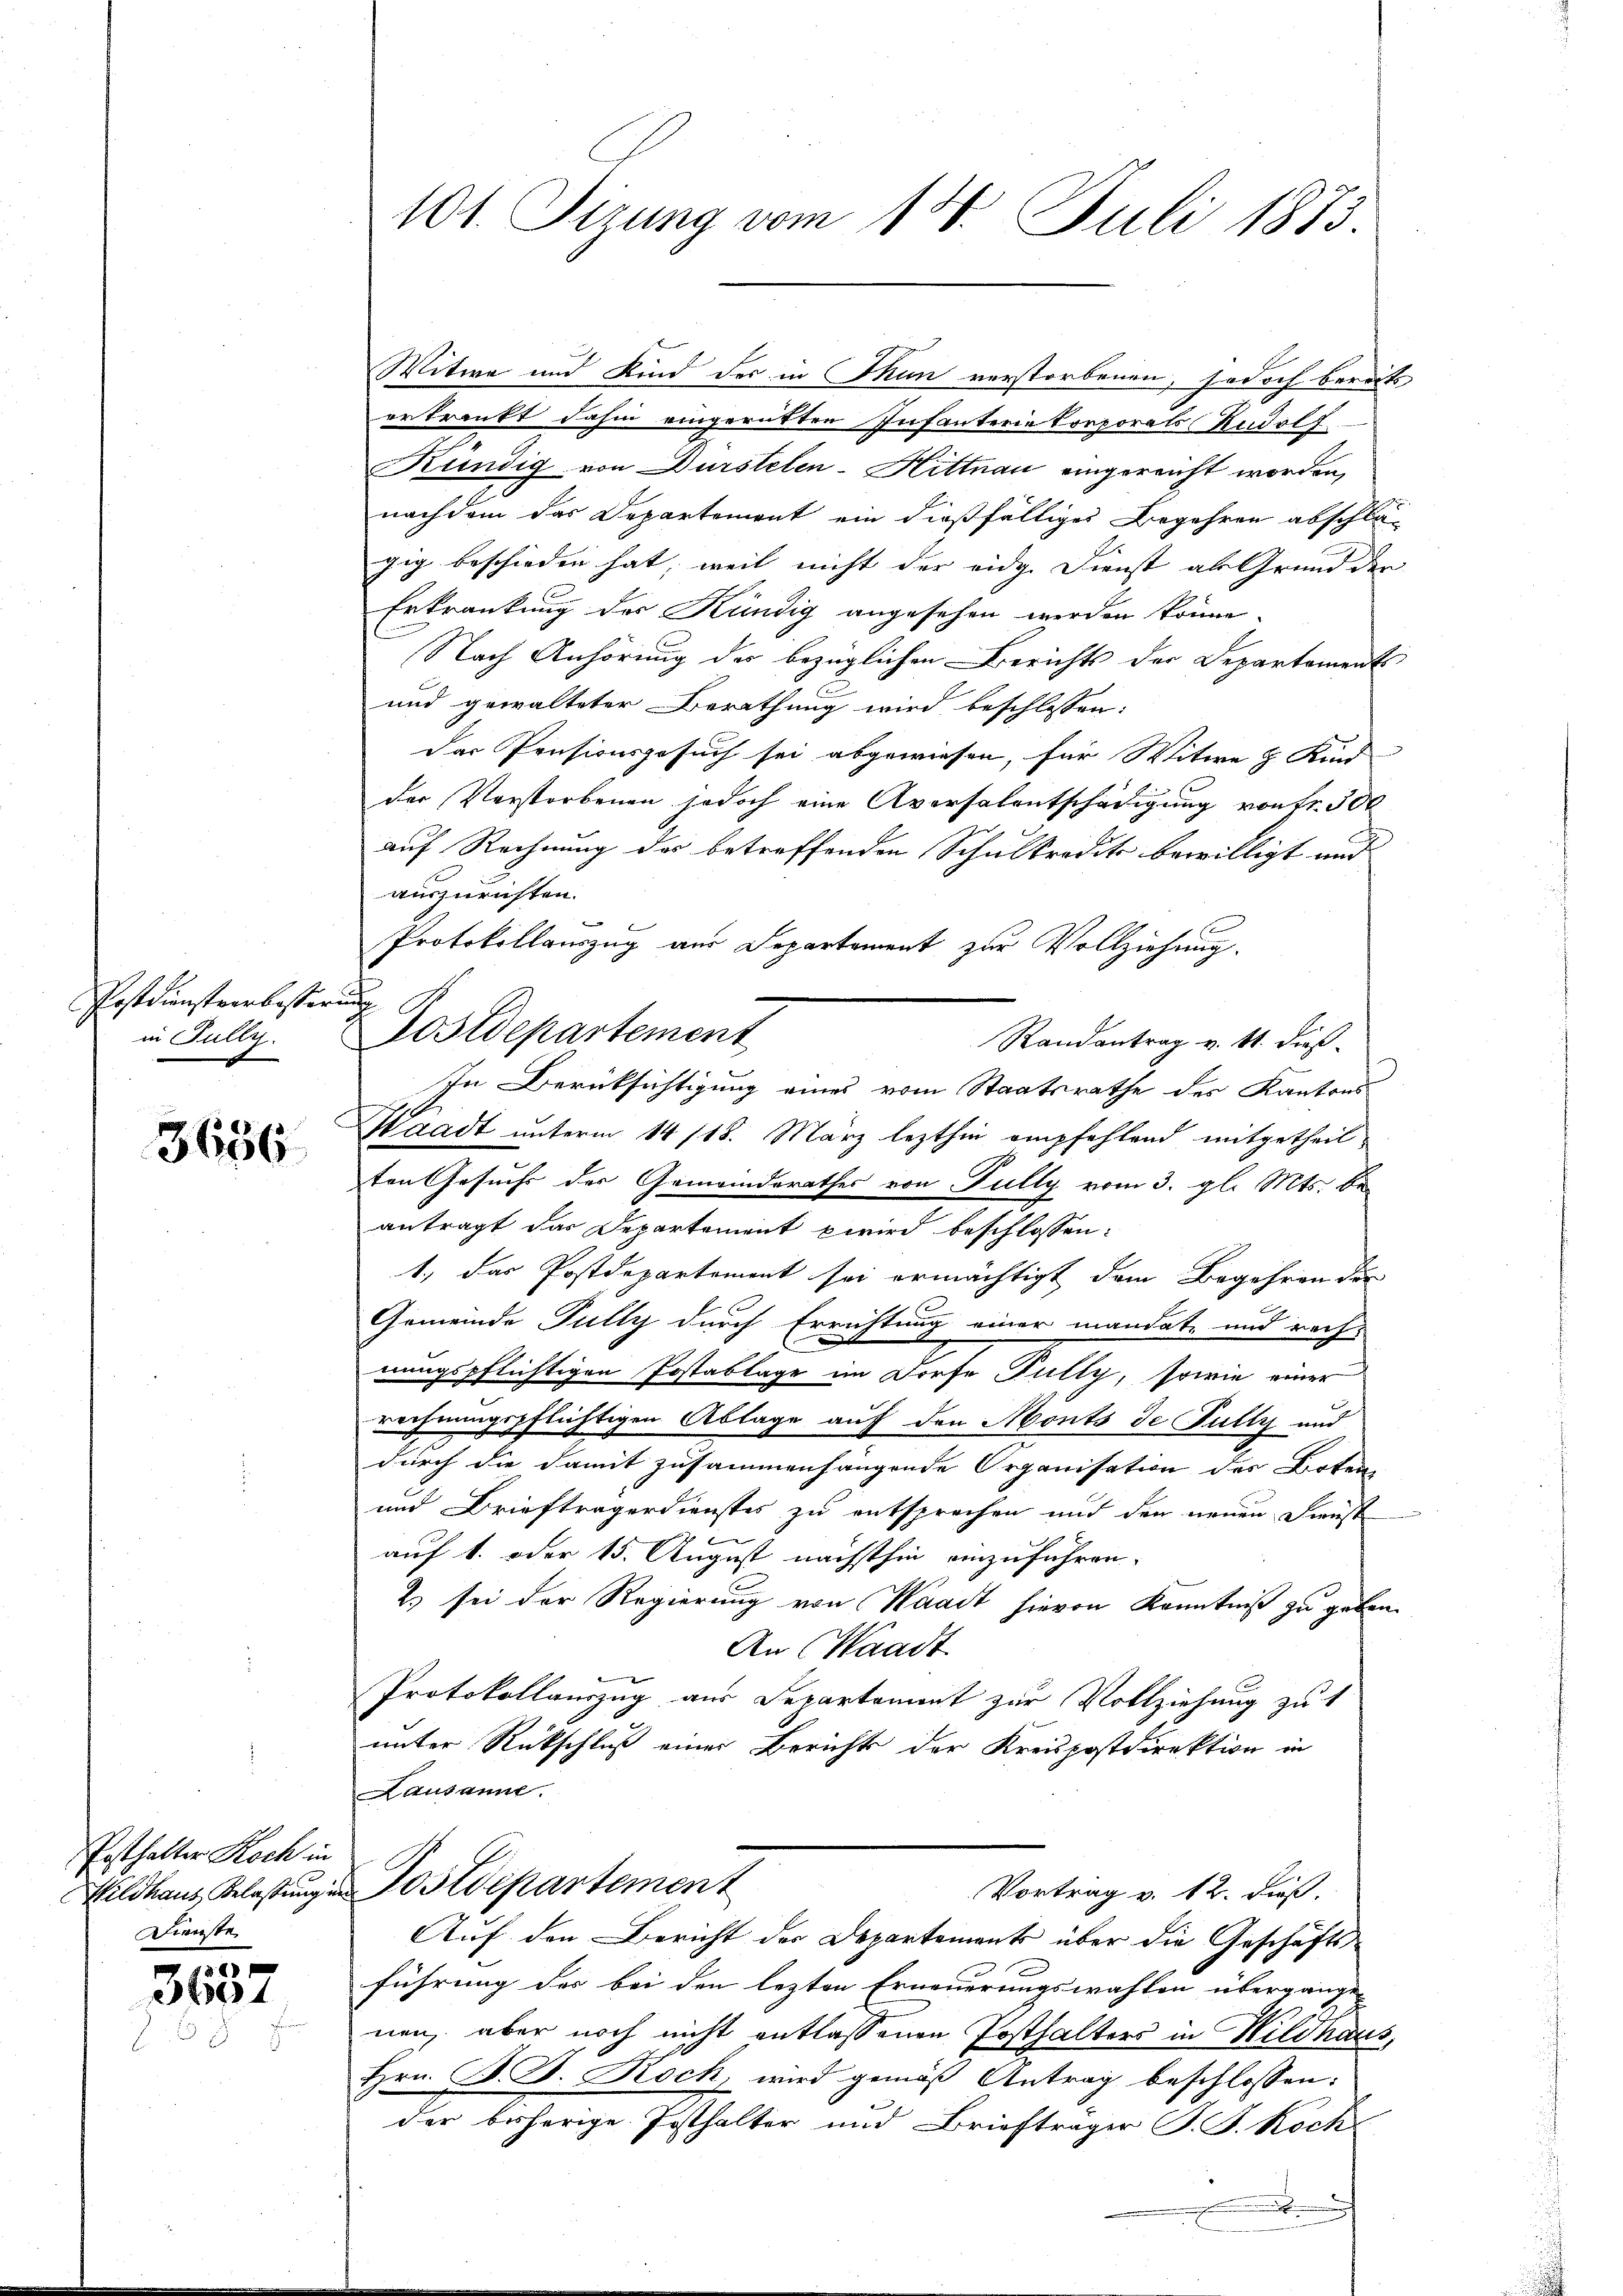
Postdiensteerbesser.
in Jully.

3686

Posthalter Koch in
Wildhaus Belastung in
Dienste

26
369

101. Pirung vom 18. Juli 1873

erkraft dahin eingerütten Infanterie Korporats Rudolf
Kündig von Dürstelen-Hittnau eingereicht worden,
nachdem das Departement ein dießfälliges Begehren abschlä-
gig beschieden hat, weil nicht der eidg. Dienst als Grund der
Erkrankung der Kündig angesehen werden könne.
Nach Anhörung des bezüglichen Berichts der Departament
und gewalteter Berathung wird beschlossen:
Das Präsionsgesuch sei abgewiesen, für Witwe & Kind
der Verstorbenen jedoch eine Aversalentschädigung vortr. 300
auf Rechnung des betreffenden Schulkredito bewilligt und
auszurichten.
Protokollauszug aus Departement zur Vollziehung.
i
Randantrag v. Mt. dieß¬
In Berüksichtigung eines vom Staatsrathe des Kantons
Waadt unterm 14/18. März lezthin empfehlend mitgetheilten Gesuchs der Gemeinderathes von Fully vom 3. gl. Mts. be
antragt das Departement wird beschlossen:
1., das Postdepartement sei ermächtigt dem Begehren der
x
Gemeinde Fully durch Errichtung einer mandate und rech-
nungspflichtigen Postablage im Dorfe Fully, sowie einer
rechnungspflichtigen Ablage auf den Monts de Fully und
durch die damit zusammenhängende Organisation der Boten
und Briefträgerdienstes zu entsprechen und den neuen Dienst
auf 1. oder 15. August nächsthin einzuführen.
2) sei der Regierung von Waadt hievon Kenntniß zu geben.
An Waadt
Protokollauszug aus Departement zur Vollziehung zu t
unter Rückschluß einer Berichts der Kreispostdirektion in
Lausanne.
ostdepartement
Vortrag v. 12. dieß.
Auf den Bericht der Departements über die Geschäftsführung der bei den lezten Erneuerungswahlen übergange
nen, aber noch nicht entlassenen Posthalters in Wildhaus,
Hrn. B. J. Koch, wird gemäß Antrag beschlossen:
der bisherige Posthalter und Briefträger B. G. Rock
.

Postdepartement

Witwe und Kind der in Thun verstorbenen, sodoch bereits